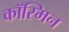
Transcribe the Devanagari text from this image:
कॉस्मिन